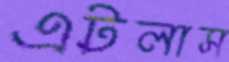
এটলাস